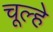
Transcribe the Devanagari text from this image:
चूल्‍हे